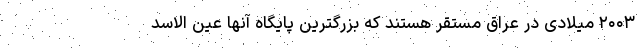
۲۰۰۳ میلادی در عراق مستقر هستند که بزرگترین پایگاه آنها عین الاسد